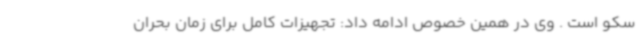
سکو است . وی در همین خصوص ادامه داد: تجهیزات کامل برای زمان بحران